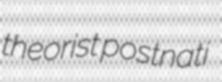
theorist postnati